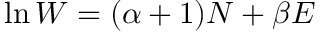
\ln W = ( \alpha + 1 ) N + \beta E